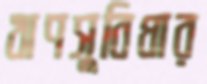
ঋণসুবিধার